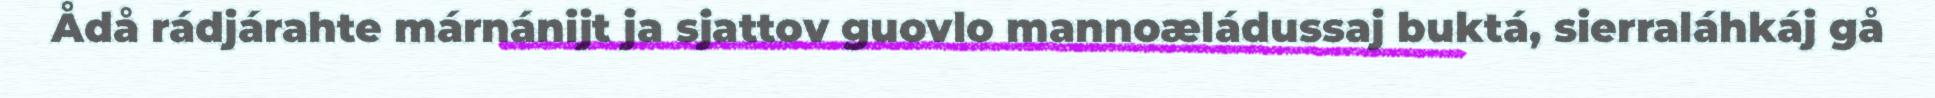
Ådå rádjárahte márnánijt ja sjattov guovlo mannoæládussaj buktá, sierraláhkáj gå